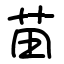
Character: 苗